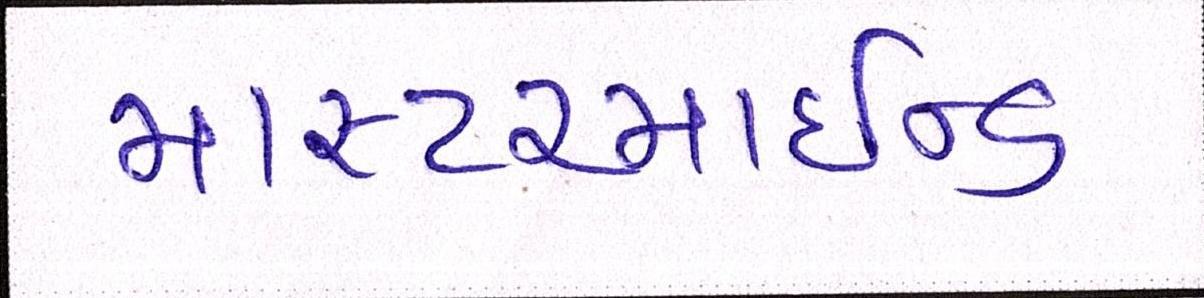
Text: માસ્ટરમાઈન્ડ